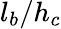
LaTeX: l_{b}/h_{c}